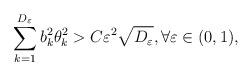
LaTeX: \begin{align*} \sum_{k=1}^{D_\varepsilon} b_k^2\theta_k^2 > C \varepsilon^2 \sqrt{D_\varepsilon}, \forall \varepsilon\in (0,1),\end{align*}